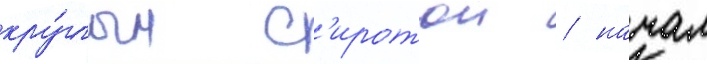
кру́глым с'иротои / начал